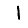
Digit: 1